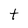
Character: t